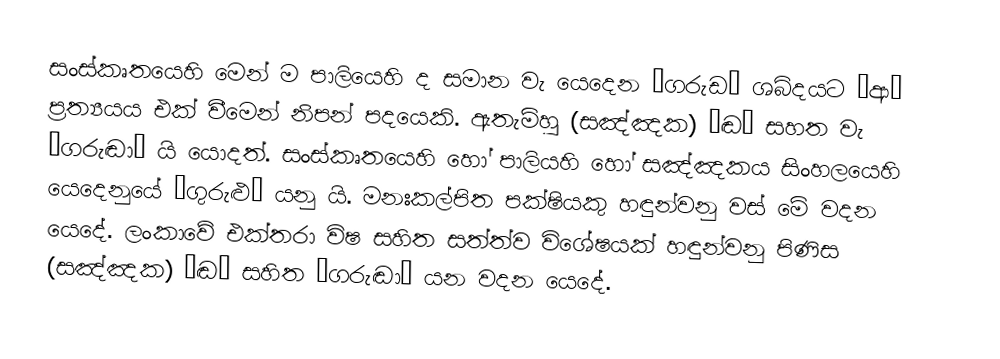
සංස්කෘතයෙහි මෙන් ම පාලියෙහි ද සමාන වැ යෙදෙන ‘ගරුඩ’ ශබ්දයට ‘ආ’ ප්‍රත්‍යයය එක් වීමෙන් නිපන් පදයෙකි. ඇතැම්හු (සඤ්ඤක) ‘ඬ’ සහත වැ ‘ගරුඬා’ යි යොදත්. සංස්කෘතයෙහි හෝ පාලියහි හෝ සඤ්ඤකය සිංහලයෙහි යෙදෙනුයේ ‘ගුරුළු’ යනු යි. මනඃකල්පිත පක්ෂියකු හඳුන්වනු වස් මේ වදන යෙදේ. ලංකාවේ එක්තරා විෂ සහිත සත්ත්ව විශේෂයක් හඳුන්වනු පිණිස (සඤ්ඤක) ‘ඬ’ සහිත ‘ග‍රුඬා’ යන වදන යෙදේ.